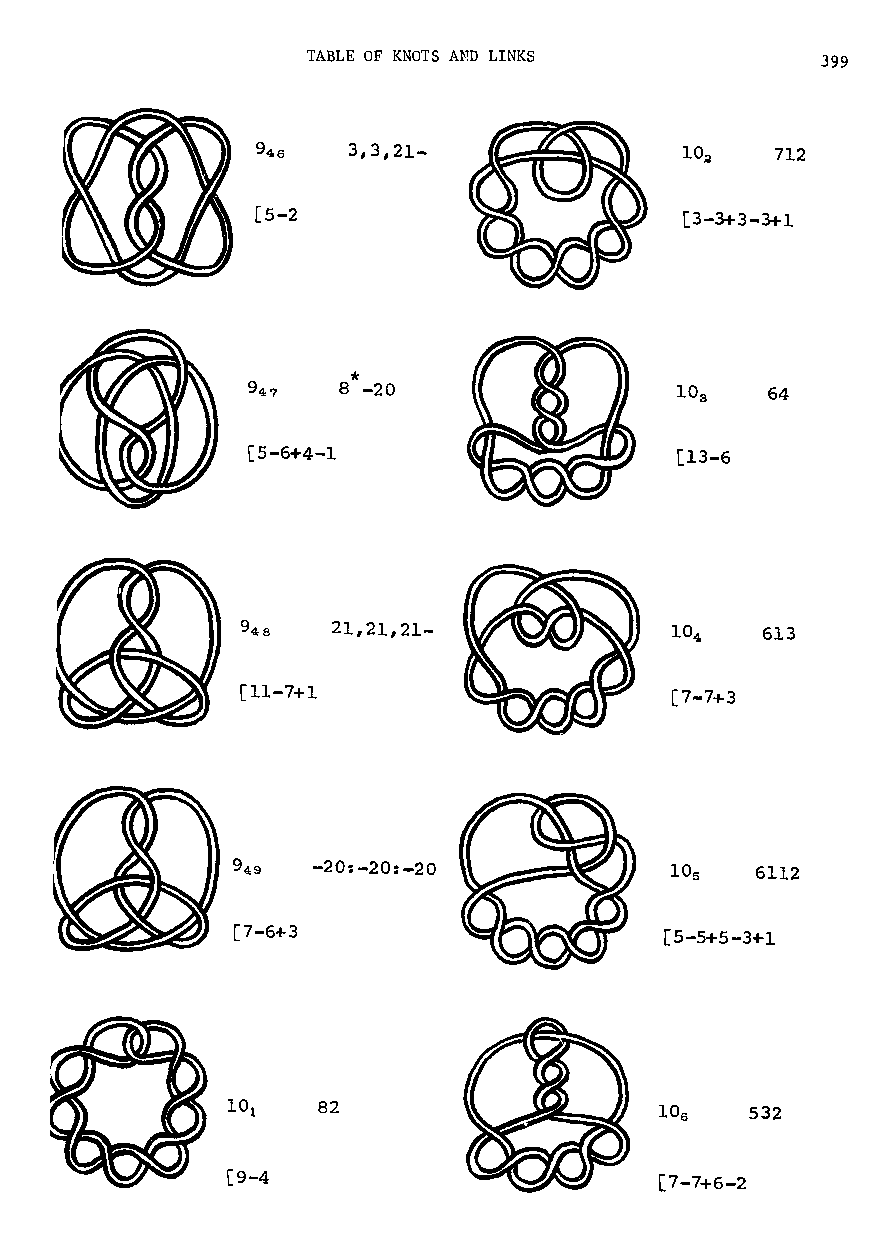
TABLE OF KNOTS AND LINKS          399
 3,3,21-               10~   712
 [5-2                        [3-3+3-3+1
 *
 8 -20                        64
 [5-6+4-1                     [13-6
 21,21,21-                   613
 [11-7+1                      [7-7+3
 -20:-20:-20             105  6112
 [7-6+3                      [5-5+5-3+1
 82                           532
 [9-4                         [7-7+6-2